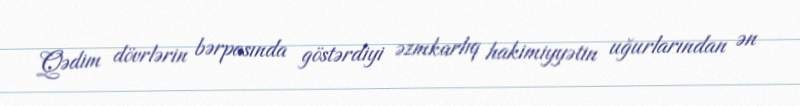
Qədim dövrlərin bərpasında göstərdiyi əzmkarlıq hakimiyyətin uğurlarından ən